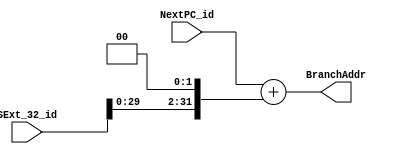
`timescale 1ns / 1ps
//////////////////////////////////////////////////////////////////////////////////
// Company: 
// Engineer: 
// 
// Design Name: 
// Module Name: Combine_BranchAddr
// Project Name: 
// Target Devices: 
// Tool Versions: 
// Description: 
// 
// Dependencies: 
// 
// Revision:
// Revision 0.01 - File Created
// Additional Comments:
// 
//////////////////////////////////////////////////////////////////////////////////


module Combine_BranchAddr(
    NextPC_id,SExt_32_id,BranchAddr
    );
    input [31:0] NextPC_id,SExt_32_id;
    output [31:0] BranchAddr;
    assign BranchAddr=NextPC_id+(SExt_32_id<<2);
endmodule